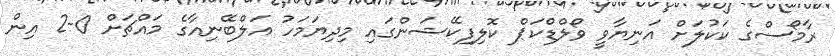
ރާމޯސްގެ ކަކުލަށް އަނިޔާވީ ވޯލްޑްކަޕް ކޮލިފިކޭޝަންގައި މިދިޔަމަހު އަލްބޭނިއާގެ މައްޗަށް 0-2 އިން